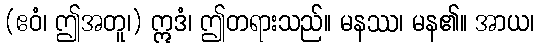
(ဧဝံ၊ ဤအတူ၊) ဣဒံ၊ ဤတရားသည်။ မနဿ၊ မန၏။ အာယ၊